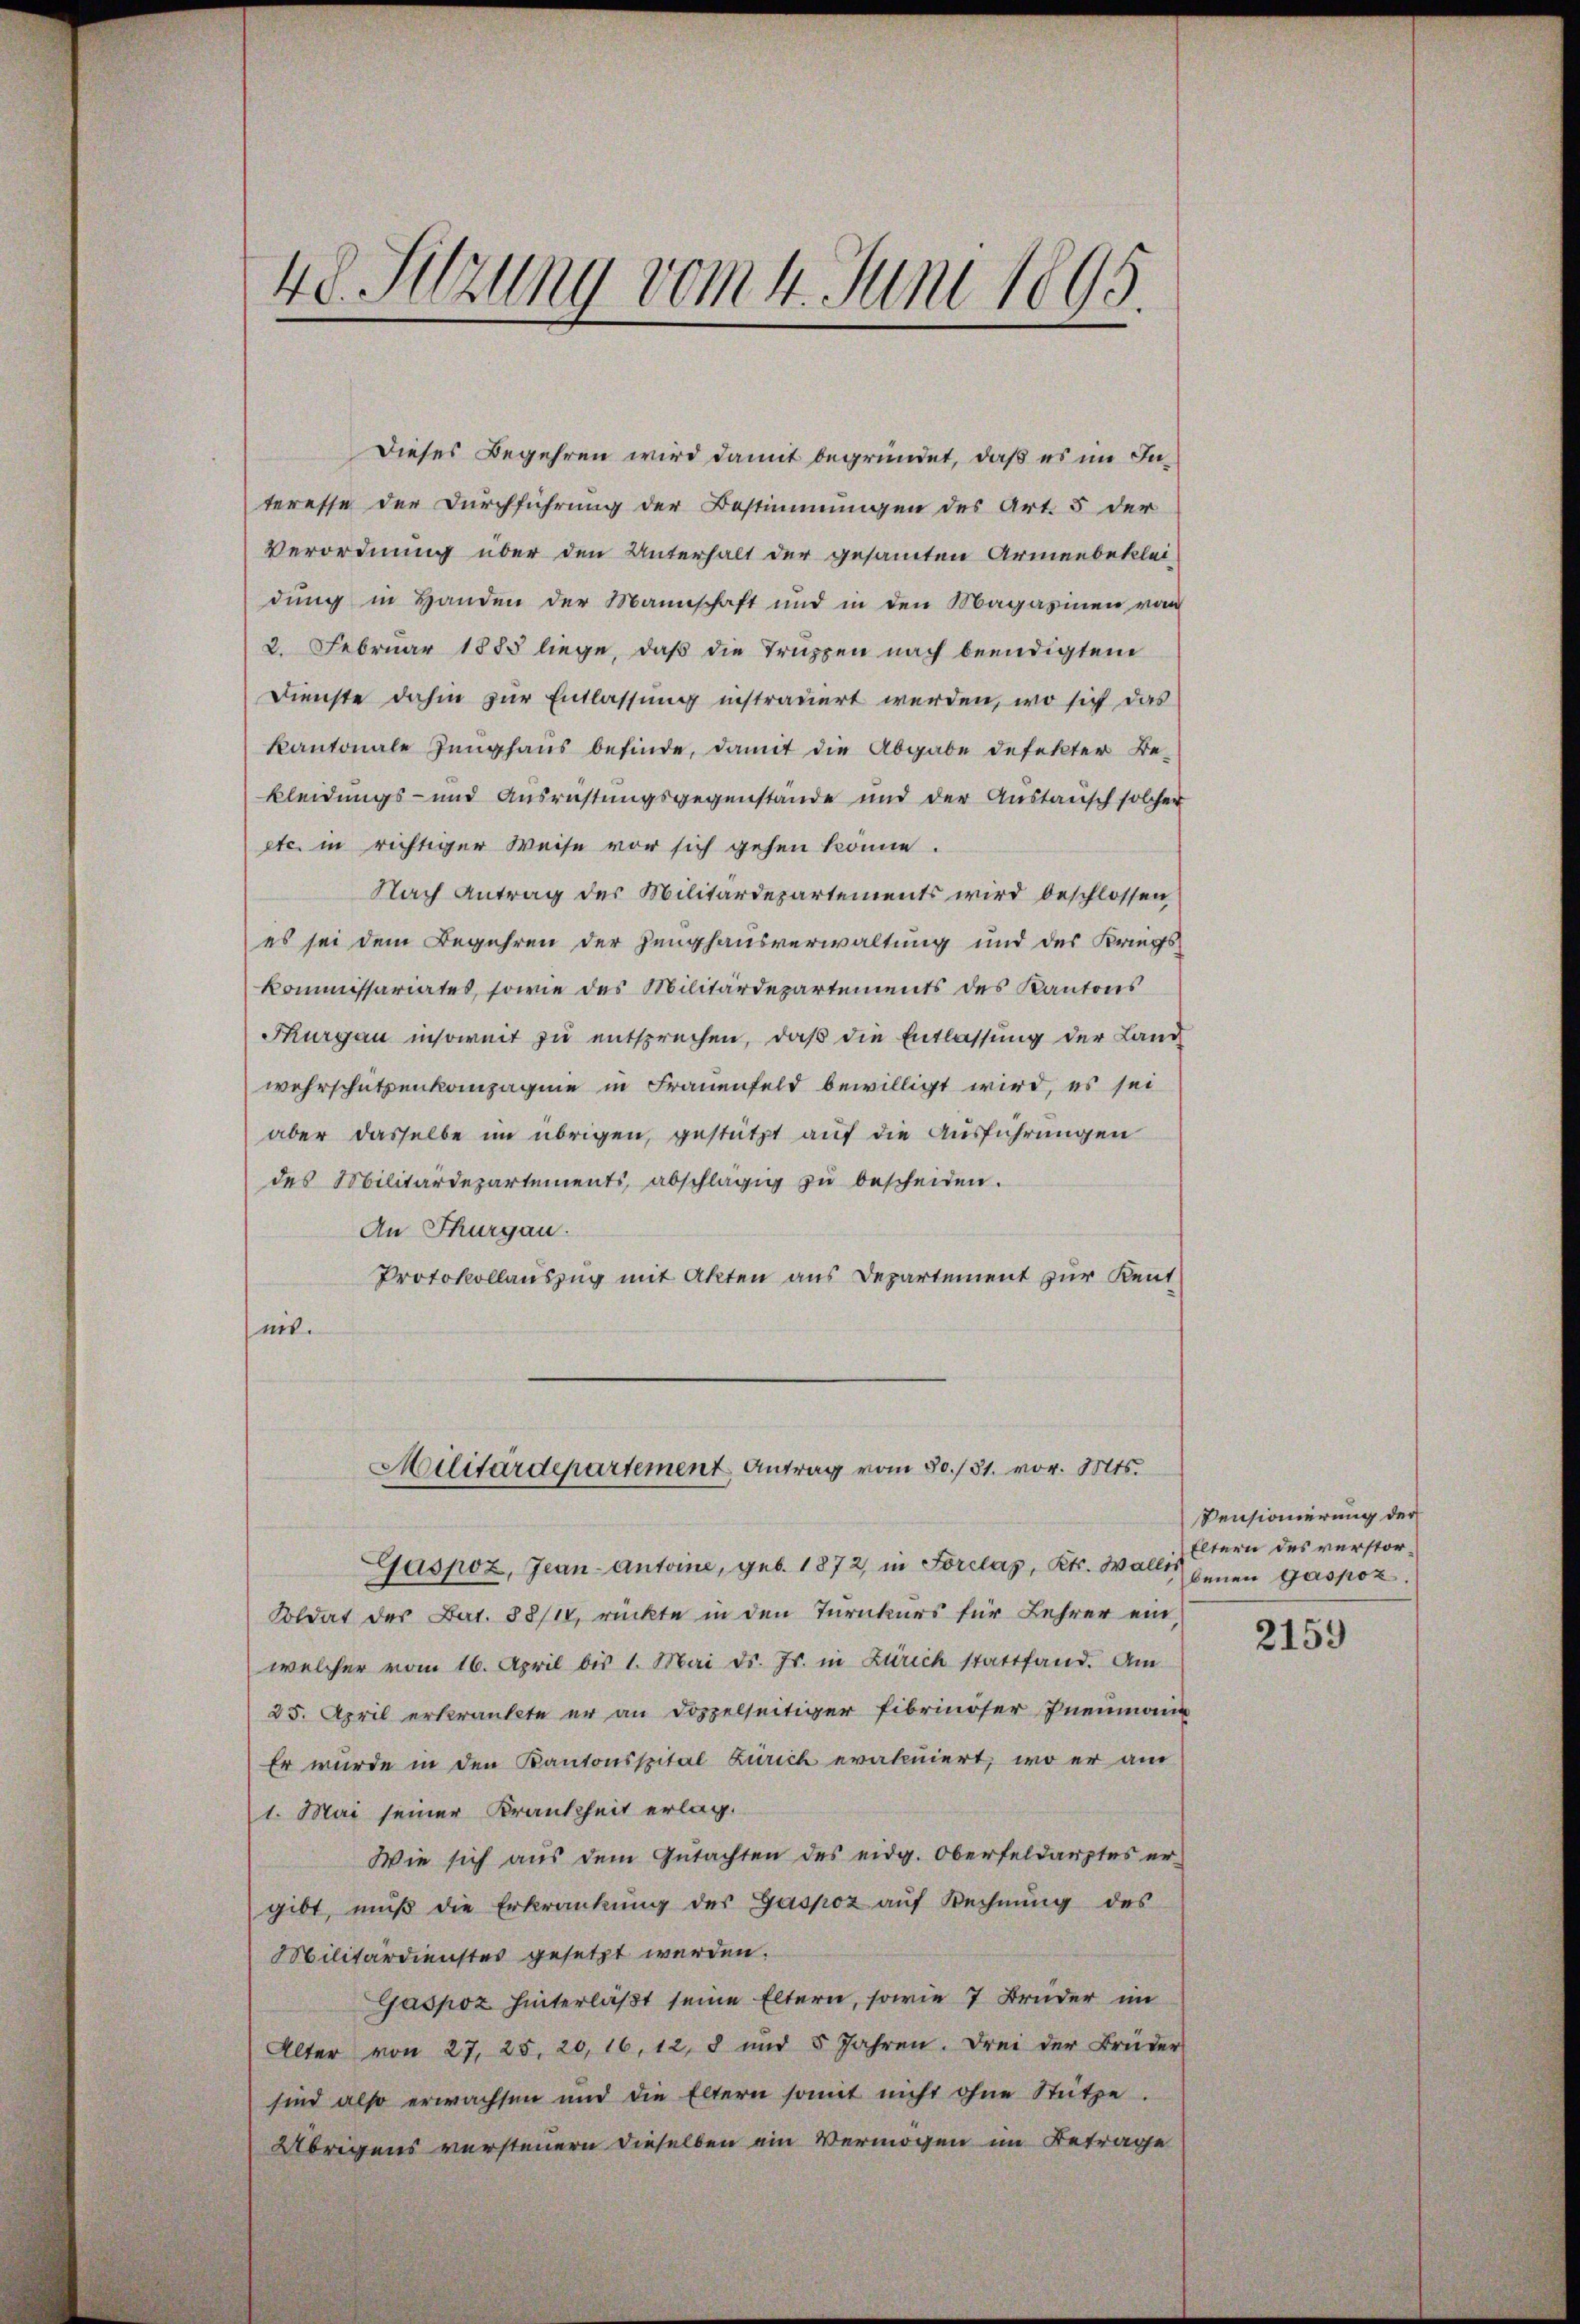
48. Sitzung vom 4. Juni 1895.

Dieses Begehren wird damit begründet, daß es im Interesse der Durchführung der Bestimmungen des Art. 5 der
Verordnung über den Unterhalt der gesamten Armenbeklei-
dung in Handen der Mannschaft und in den Magazinen von
2. Februar 1885 liege, daß die Truppen nach beendigten
Dienste dahin zur Entlassung instrauert werden, wo sich das
kantonale Zeughaus befinde, damit die Abgabe defekter Be-
kleidungs- und Ausrüstungsgegenstände und der Austausch solcher
etc. in richtiger Weise vor sich gehen könne.
Nach Antrag des Militärdepartements wird beschlossen,
es sei dem Begehren der Zeughausverwaltung und des Kriegs¬
Kommissariates, sowie des Militärdepartements des Kantons
Thurgau insoweit zu entsprechen, daß die Entlassung der Land-
wehrschützenkompagnie in Frauenfeld bewilligt wird, es sei
aber dasselbe im übrigen, gestützt auf die Ausführungen
des Militärdepartements, abschlägig zu bescheiden.
An Thurgau.
Protokollauszug mit Akten aus Departement zur Kent
nit.
Militärdepartement Antrag vom 30./31. vor. Mts.
Gaspoz, Jean-Antone, geb. 1872, in Forclaz, Kts. Wallis
Soldat der Bat. 88/10, rückte in den Turnkurs für Lehrer ein,
welcher vom 16. April bis 1. Mai d. Js. in Zürich stattfand. Am
25. April erkränkte er an doppelseitiger Eibrinöser Pneumann
Er wurde in den Kantonsspital Zürich eratuiert, wo er am
1. Mai seiner Krankheit erlag.
Wie sich aus dem Gutachten des eidg. Oberfeldarztes er-
gibt, muß die Erkrankung des Gaspoz auf Rechnung des
Militärdienstes gesetzt werden.
Gaspoz hinterläßt seine Eltern, sowie 7 Brüder im
Alter von 27. 25. 20, 16, 12, 8 und 5 Jahren. Drei der Brüder
sind also erwachsen und die Eltern somit nicht ohne Stütze.
Übrigens versteuern dieselben ein Vermögen im Betrage

Vensionierung der
Eltern des verstorbenen Gaspoz.

2159